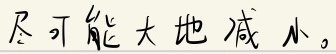
尽可能大地减小。